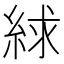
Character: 絿